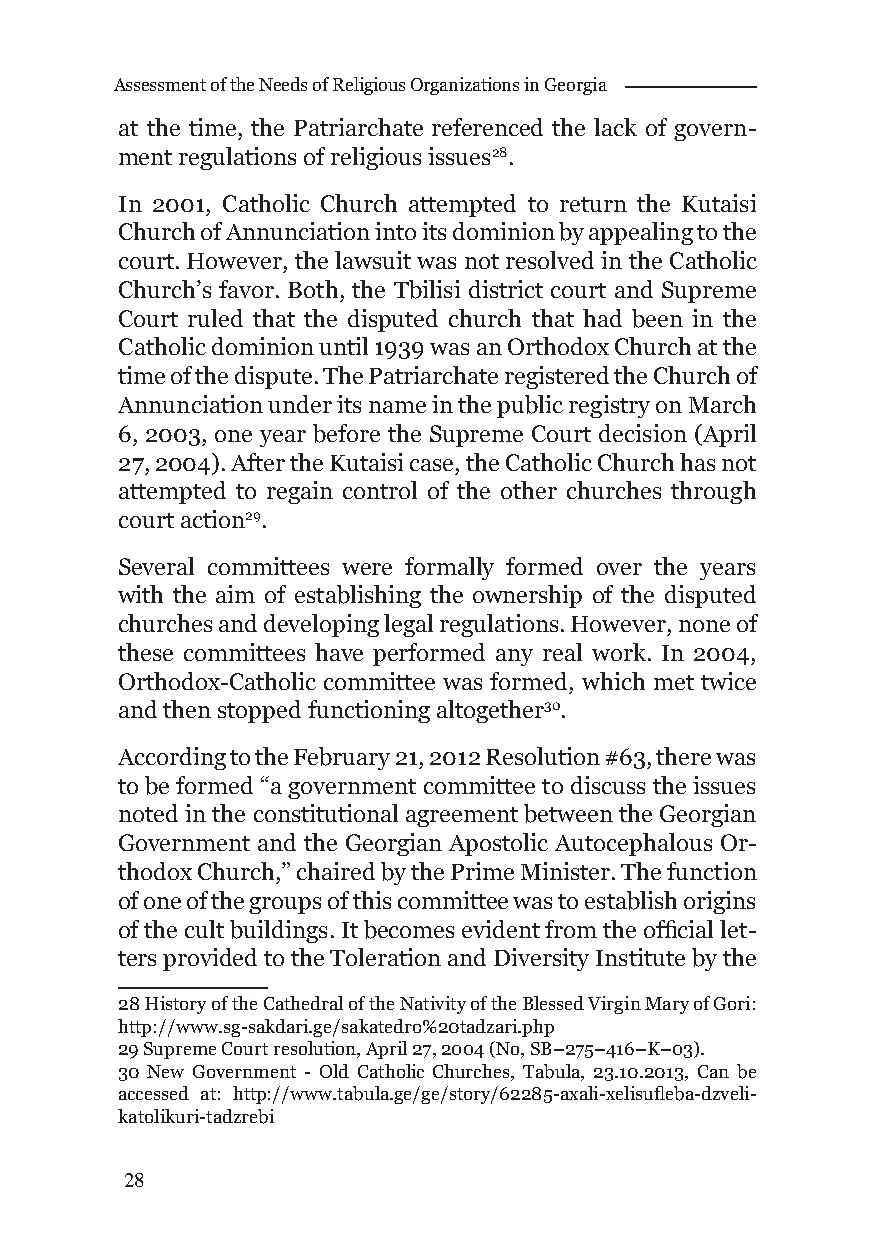
Assessment of the Needs of Religious Organizations in Georgia
 at the time, the Patriarchate referenced the lack of govern-
 ment regulations of religious issues28.
 In 2001, Catholic Church attempted to return the Kutaisi
 Church of Annunciation into its dominion by appealing to the
 court. However, the lawsuit was not resolved in the Catholic
 Church’s favor. Both, the Tbilisi district court and Supreme
 Court ruled that the disputed church that had been in the
 Catholic dominion until 1939 was an Orthodox Church at the
 time of the dispute. The Patriarchate registered the Church of
 Annunciation under its name in the public registry on March
 6, 2003, one year before the Supreme Court decision (April
 27, 2004). After the Kutaisi case, the Catholic Church has not
 attempted to regain control of the other churches through
 court action29.
 Several committees were formally formed over the years
 with the aim of establishing the ownership of the disputed
 churches and developing legal regulations. However, none of
 these committees have performed any real work. In 2004,
 Orthodox-Catholic committee was formed, which met twice
 and then stopped functioning altogether30.
 According to the February 21, 2012 Resolution #63, there was
 to be formed “a government committee to discuss the issues
 noted in the constitutional agreement between the Georgian
 Government and the Georgian Apostolic Autocephalous Or-
 thodox Church,” chaired by the Prime Minister. The function
 of one of the groups of this committee was to establish origins
 of the cult buildings. It becomes evident from the offi cial let-
 ters provided to the Toleration and Diversity Institute by the
 28 History of the Cathedral of the Nativity of the Blessed Virgin Mary of Gori:
 http://www.sg-sakdari.ge/sakatedro%20tadzari.php
 29 Supreme Court resolution, April 27, 2004 (No, SB–275–416–K–03).
 30 New Government - Old Catholic Churches, Tabula, 23.10.2013, Can be
 accessed at: http://www.tabula.ge/ge/story/62285-axali-xelisufl eba-dzveli-
 katolikuri-tadzrebi
 28